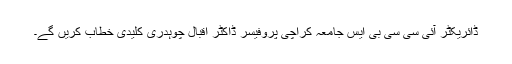
ڈائریکٹر آئی سی سی بی ایس جامعہ کراچی پروفیسر ڈاکٹر اقبال چوہدری کلیدی خطاب کریں گے۔